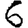
Digit: 6